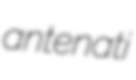
antenati